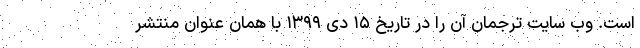
است. وب سایت ترجمان آن را در تاریخ ۱۵ دی ۱۳۹۹ با همان عنوان منتشر